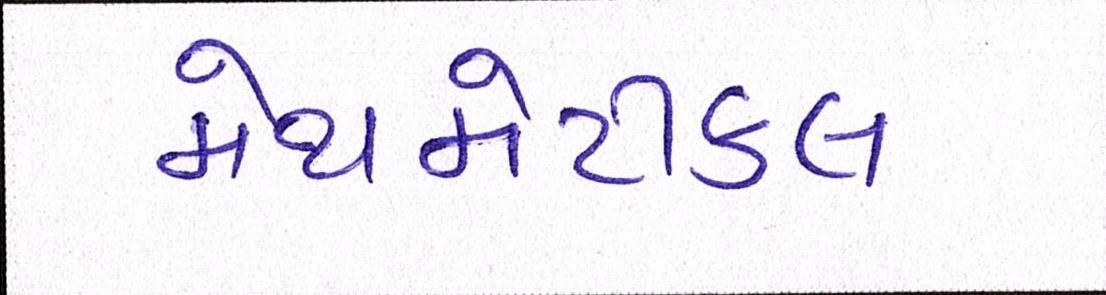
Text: મેથમેટીકલ